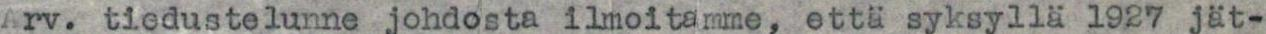
Arv. tiedustelunne johdosta ilmoitamme, että syksyllä 1927 jät-